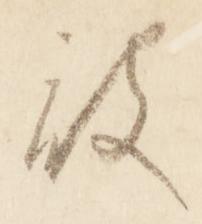
被